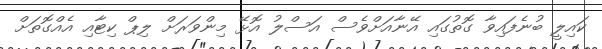
ކައިލީ ބުނެފައިވާ ގޮތުގައި އޭނާއަށްވެސް އަސްލު އޮޅޭ މިންވަރަށް ލިޕް ކިޓާއި އެއްގޮތަށް